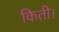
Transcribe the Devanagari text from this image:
किती।